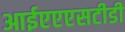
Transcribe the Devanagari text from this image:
आईएएएसटीडी